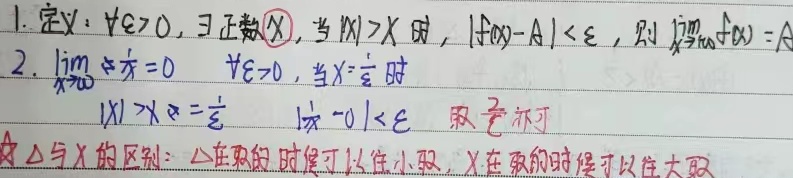
1. 定义：
对于\(\forall \varepsilon>0\)，\(\exists\)正数\(X\)，当\(|x|>X\)时，\(|f(x) - A|<\varepsilon\)，则\(\lim_{x \to \infty}f(x)=A\)。

2. \(\lim_{x \to \infty}\frac{1}{x}=0\)
对于\(\forall \varepsilon > 0\)，当\(X = \frac{1}{\varepsilon}\)时，
\[
|x|>X=\frac{1}{\varepsilon}
\]
\[
|\frac{1}{x}-0|<\varepsilon
\]
取\(\frac{1}{\varepsilon}\)即可。

\(\star\Delta\)与\(X\)的区别：\(\Delta\)在取极限的时候可以往小取，\(X\)在取极限的时候可以往大取。